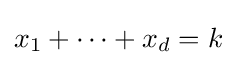
x_{1}+\cdots +x_{d}=k